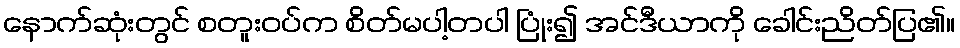
နောက်ဆုံးတွင် စတူးဝပ်က စိတ်မပါ့တပါ ပြုံး၍ အင်ဒီယာကို ခေါင်းညိတ်ပြ၏။